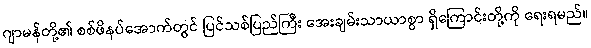
ဂျာမန်တို့၏ စစ်ဖိနပ်အောက်တွင် ပြင်သစ်ပြည်ကြီး အေးချမ်းသာယာစွာ ရှိကြောင်းတို့ကို ရေးရမည်။